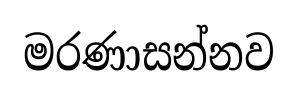
මරණාසන්නව